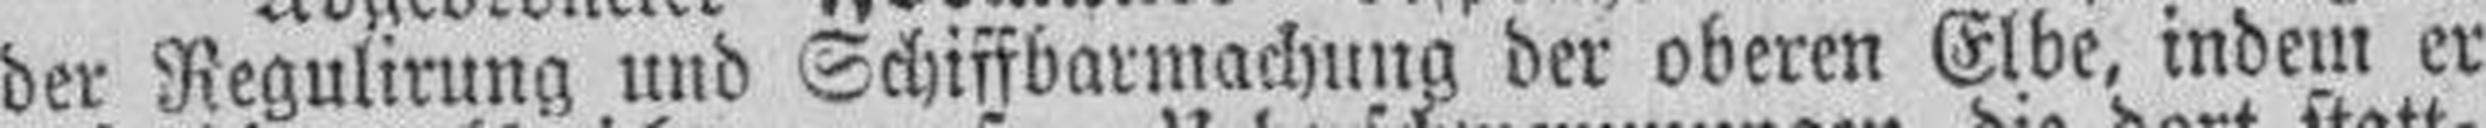
der Regulirung und Schiffbarmachung der oberen Elbe, indem er